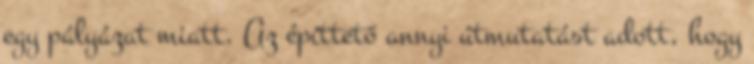
egy pályázat miatt. Az építtető annyi útmutatást adott, hogy